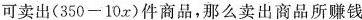
可卖出$$(350-10x)$$件商品，那么卖出商品所赚钱